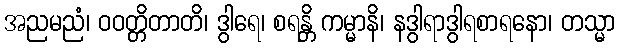
အညမညံ၊ ဝဝတ္တိတာတိ၊ ဒွါရေ၊ စရန္တိ ကမ္မာနိ၊ နဒွါရာဒွါရစာရနော၊ တသ္မာ